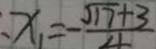
: x _ { 1 } = - \frac { \sqrt { 1 7 } + 3 } { 4 }